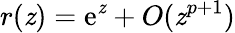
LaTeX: r(\mathit{z})={\textrm{{e}}}^{\mathit{z}}+O(\mathit{z}^{p+1})